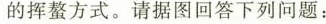
的挥螯方式。请据图回答下列问题：